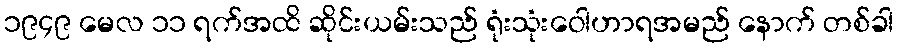
၁၉၄၉ မေလ ၁၁ ရက်အထိ ဆိုင်းယမ်းသည် ရုံးသုံးဝေါဟာရအမည် နောက် တစ်ခါ